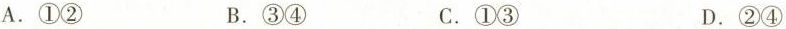
A. ①② B. ③④ C. ①③ D. ②④